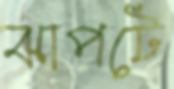
ঝাপটে